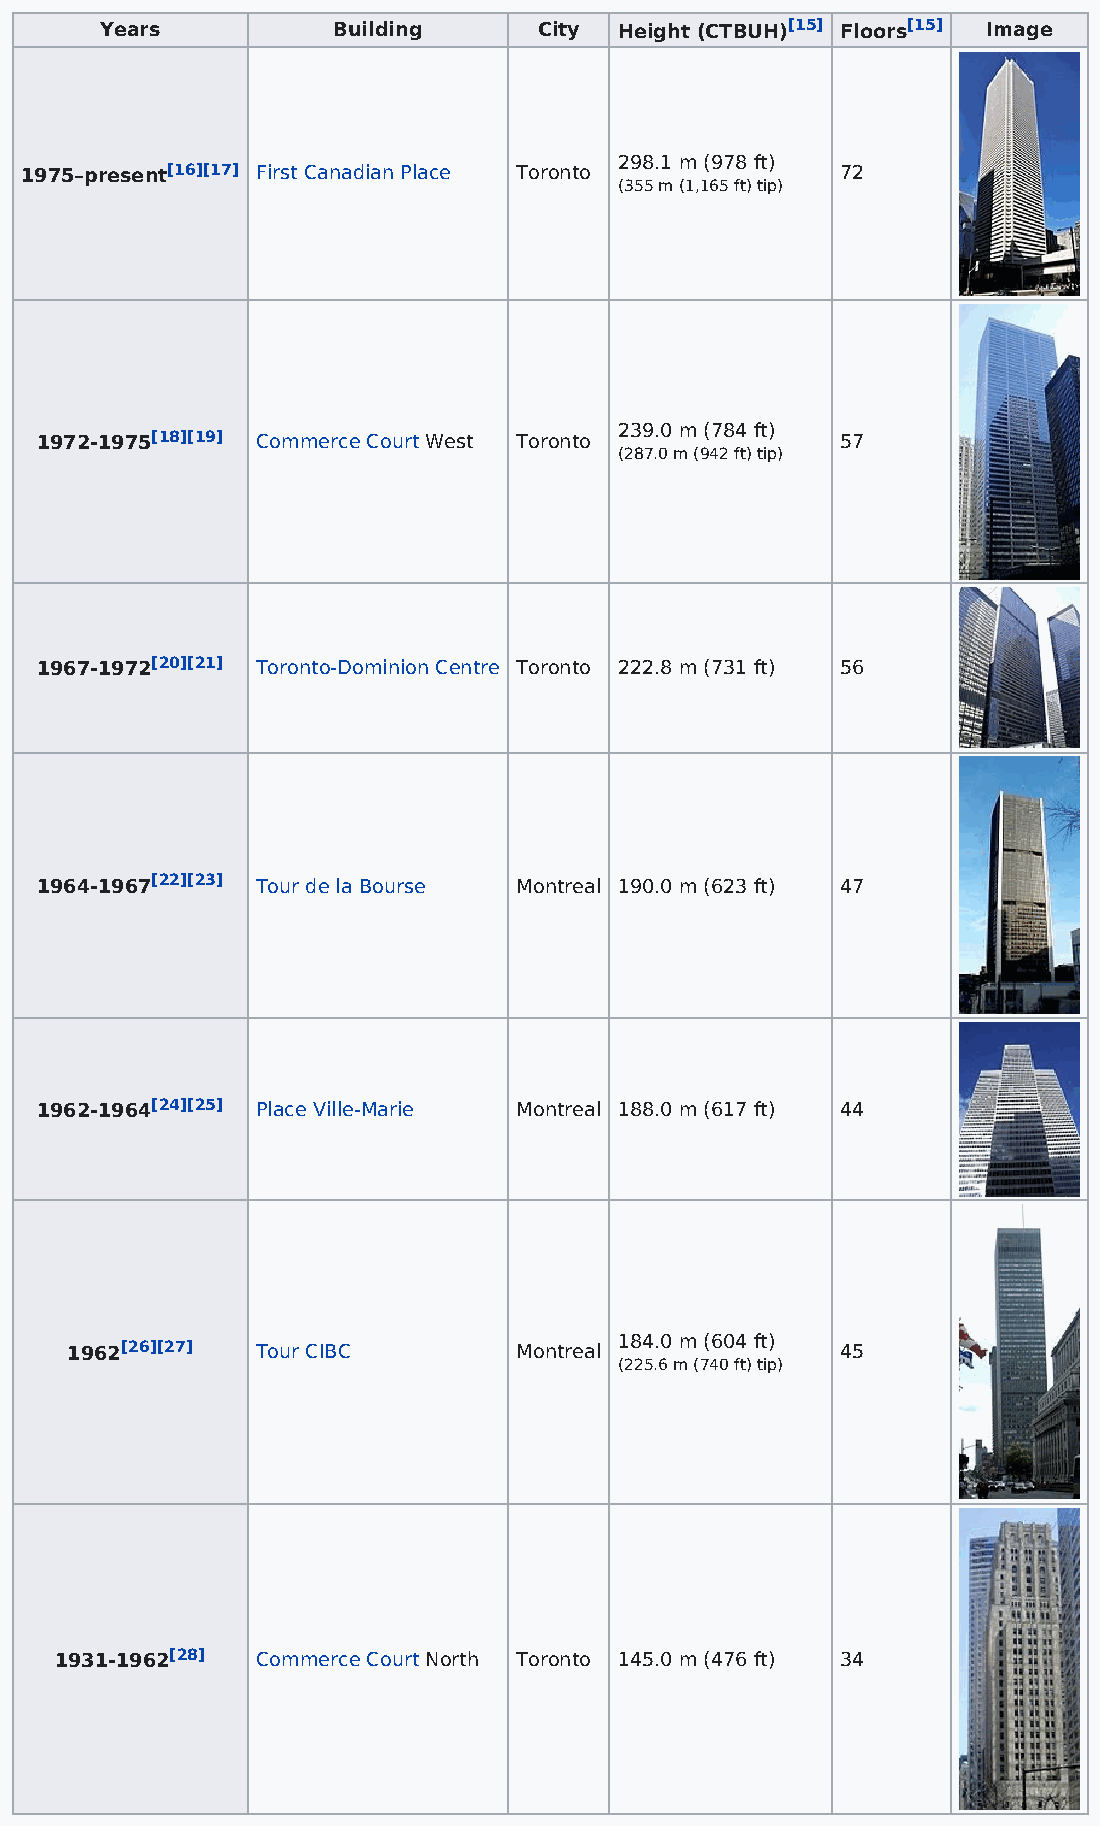
Years          Building      City Height (CTBUH)[15] Floors[15] Image
 298.1 m (978 ft)
 1975–present[16][17] First Canadian Place Toronto      72
 (355 m (1,165 ft) tip)
 239.0 m (784 ft)
 1972-1975[18][19] Commerce Court West Toronto         57
 (287.0 m (942 ft) tip)
 1967-1972[20][21] Toronto-Dominion Centre Toronto 222.8 m (731 ft) 56
 1964-1967[22][23] Tour de la Bourse Montreal 190.0 m (623 ft) 47
 1962-1964[24][25] Place Ville-Marie Montreal 188.0 m (617 ft) 44
 184.0 m (604 ft)
 1962[26][27] Tour CIBC        Montreal              45
 (225.6 m (740 ft) tip)
 1931-1962[28] Commerce Court North Toronto 145.0 m (476 ft) 34